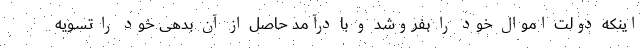
اینکه دولت اموال خود را بفروشد و با درآمد حاصل از آن بدهی خود را تسویه